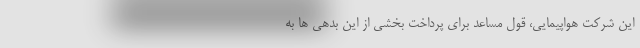
این شرکت هواپیمایی، قول مساعد برای پرداخت بخشی از این بدهی ها به